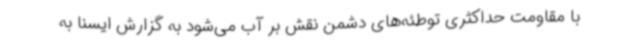
با مقاومت حداکثری توطئه‌های دشمن نقش بر آب می‌شود به گزارش ایسنا به